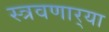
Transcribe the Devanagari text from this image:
स्त्रवणार्‍या